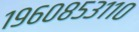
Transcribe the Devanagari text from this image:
१९६०८५३११०